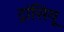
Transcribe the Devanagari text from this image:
ट्रांसियू